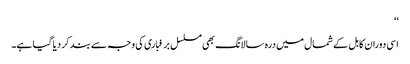
‘‘
اسی دوران کابل کے شمال میں درہ سالانگ بھی مسلسل برفباری کی وجہ سے بند کر دیا گیا ہے۔